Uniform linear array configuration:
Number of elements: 32
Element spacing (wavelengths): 0.25
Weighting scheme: cosine
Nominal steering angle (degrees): -60
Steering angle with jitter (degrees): -61.028
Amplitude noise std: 0.05
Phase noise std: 0.05

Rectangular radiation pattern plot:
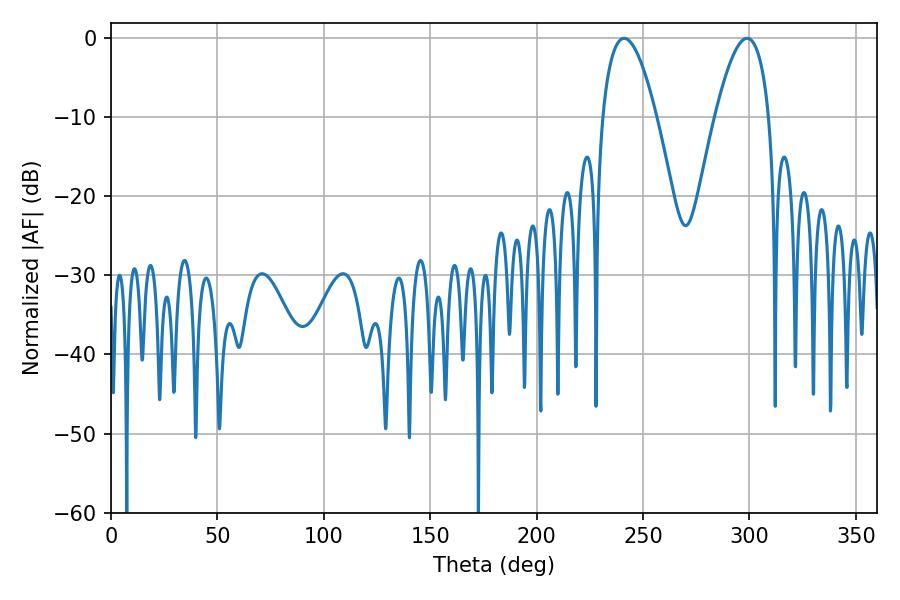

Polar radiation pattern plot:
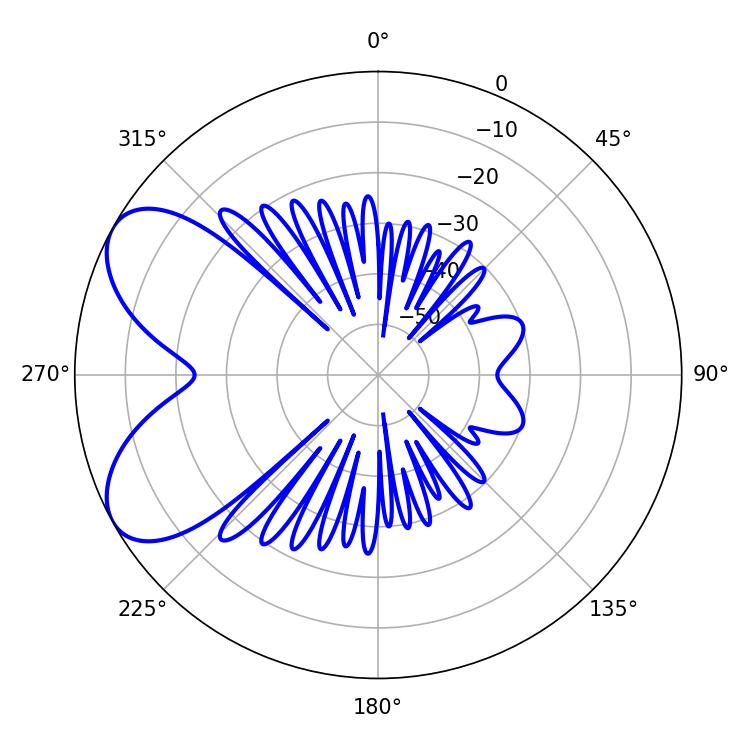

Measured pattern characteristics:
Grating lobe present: FALSE
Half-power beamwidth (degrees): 14.04
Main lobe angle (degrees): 241.02